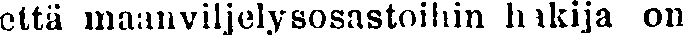
että maanviljelysosastoihin hakija on